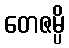
တေဇမ္ပိ